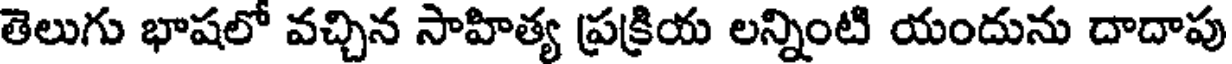
తెలుగు భాషలో వచ్చిన సాహిత్య ప్రక్రియ లన్నింటి యందును దాదాపు